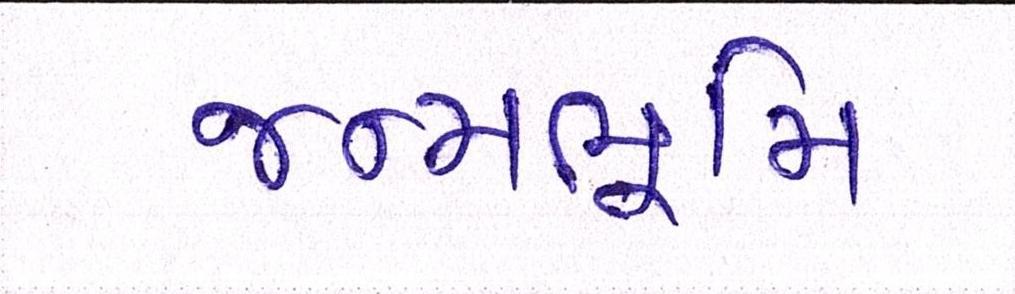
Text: જન્મભૂમિ